Report of the Municipal Commissioner on the plague in Bombay for the year ending 31st May... - Volume 3
Disease focus: Plague
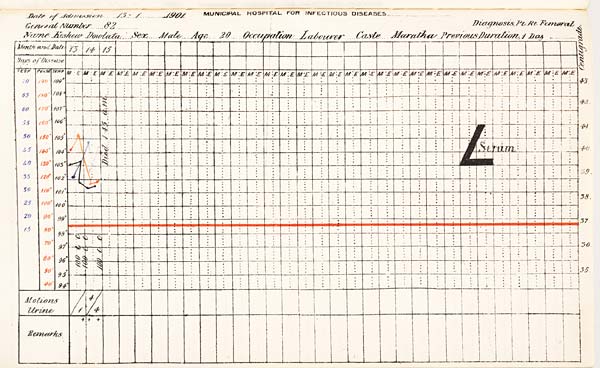
Date of Admission 1901. MUNICIPAL HOSPITAL FOR INFECTIOUS DISEASES.
General Number Diagnosis,
Name Sex Age Occupation Caste Previous Duration,